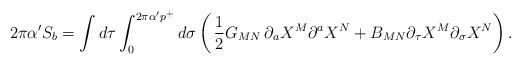
LaTeX: \begin{align*}2\pi\alpha^{\prime}S_b=\int d\tau\int_0^{2\pi\alpha^{\prime}p^+}d\sigma\left(\,{1\over 2}G_{MN}\,\partial_aX^M\partial^aX^N+B_{MN}\partial_{\tau}X^M\partial_{\sigma}X^N\right).\end{align*}